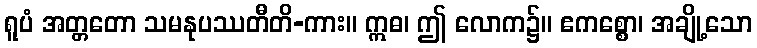
ရူပံ အတ္တတော သမနုပဿတီတိ-ကား။ ဣဓ၊ ဤ လောက၌။ ဧကစ္စော၊ အချို့သော